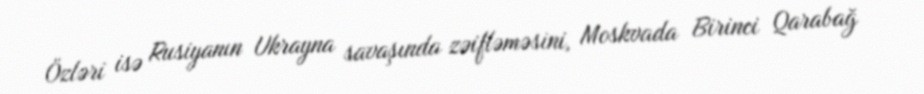
Özləri isə Rusiyanın Ukrayna savaşında zəifləməsini, Moskvada Birinci Qarabağ